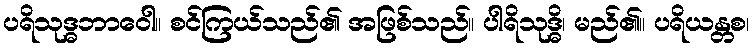
ပရိသုဒ္ဓဘာဝေါ။ စင်ကြယ်သည်၏ အဖြစ်သည်။ ပါရိသုဒ္ဓိ၊ မည်၏။ ပရိယန္တစ၊